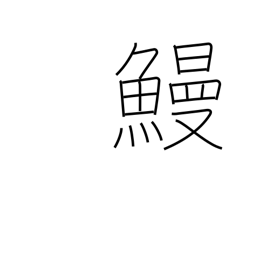
Meaning: eel